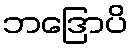
ဘဒြောပိ